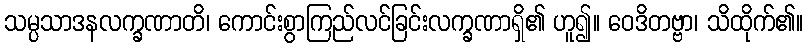
သမ္ပသာဒနလက္ခဏာတိ၊ ကောင်းစွာကြည်လင်ခြင်းလက္ခဏာရှိ၏ ဟူ၍။ ဝေဒိတဗ္ဗာ၊ သိထိုက်၏။